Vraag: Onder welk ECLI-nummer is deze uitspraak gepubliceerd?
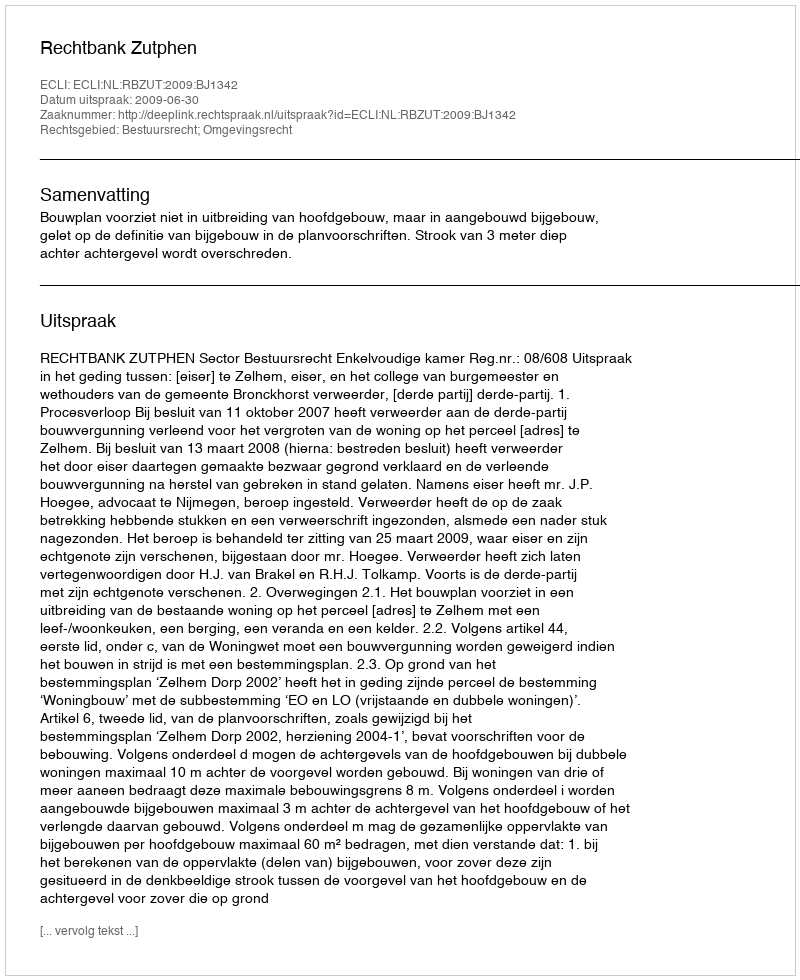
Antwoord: ECLI:NL:RBZUT:2009:BJ1342